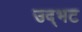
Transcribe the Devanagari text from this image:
उद्‌भट